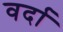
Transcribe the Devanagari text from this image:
वर्दा